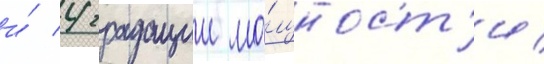
и́ 4 градации мо́щност'и